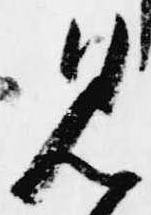
見